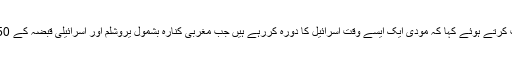
انھوں نے میڈیا سے بات کرتے ہوئے کہا کہ مودی ایک ایسے وقت اسرائیل کا دورہ کررہے ہیں جب مغربی کنارہ بشمول یروشلم اور اسرائیلی قبضہ کے 50 سال مکمل ہورہے ہیں۔